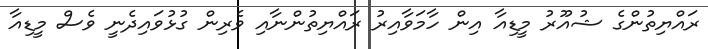
ރައްޔިތުންގެ ޝުއޫރު މީޑިއާ އިން ހާމަވާއިރު ރައްޔިތުންނާއި ވެރިން ގުޅުވައިދެނީ ވެސް މީޑިއާ